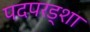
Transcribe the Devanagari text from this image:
पदपरड्शा